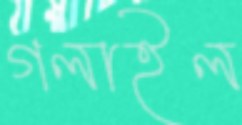
গলাইল